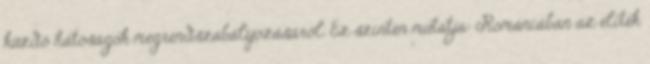
küzdő hatóságok megrendszabályozásáról. Ez szintén mutatja: Romániában az elitek